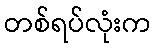
တစ်ရပ်လုံးက